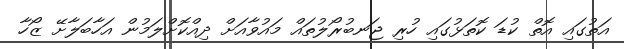
އަތުގައި އޮތް ކުޑަ ކޮތަޅުގައި ހުރި ޖަނބުރޯލުތައް މައުވާއަށް ދިއްކޮށްލަމުން އަހާބަލާށޭ ޒޯހާ